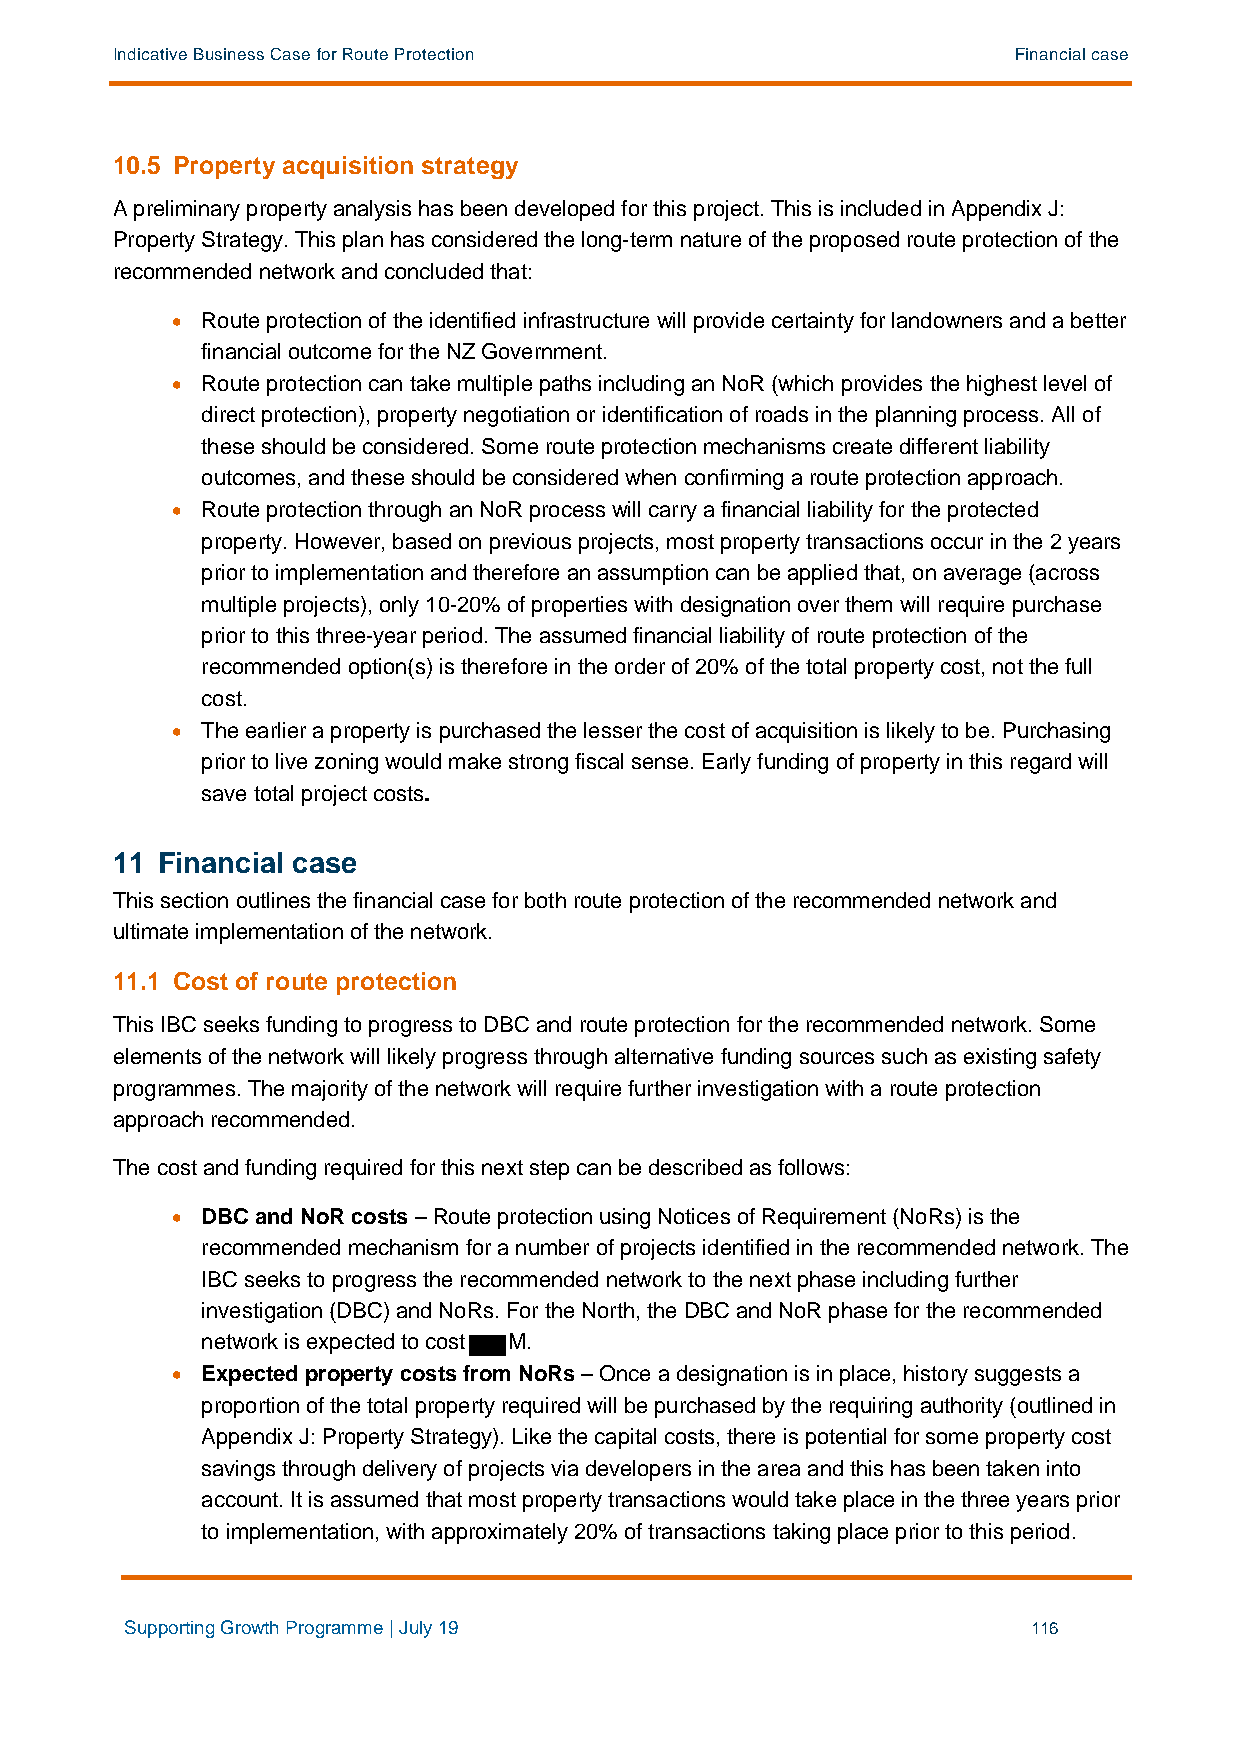
Indicative Business Case for Route Protection               Financial case
 10.5 Property acquisition strategy
 A preliminary property analysis has been developed for this project. This is included in Appendix J:
 Property Strategy. This plan has considered the long-term nature of the proposed route protection of the
 recommended network and concluded that:
 • Route protection of the identified infrastructure will provide certainty for landowners and a better
 financial outcome for the NZ Government.
 • Route protection can take multiple paths including an NoR (which provides the highest level of
 direct protection), property negotiation or identification of roads in the planning process. All of
 these should be considered. Some route protection mechanisms create different liability
 outcomes, and these should be considered when confirming a route protection approach.
 • Route protection through an NoR process will carry a financial liability for the protected
 property. However, based on previous projects, most property transactions occur in the 2 years
 prior to implementation and therefore an assumption can be applied that, on average (across
 multiple projects), only 10-20% of properties with designation over them will require purchase
 prior to this three-year period. The assumed financial liability of route protection of the
 recommended option(s) is therefore in the order of 20% of the total property cost, not the full
 cost.
 • The earlier a property is purchased the lesser the cost of acquisition is likely to be. Purchasing
 prior to live zoning would make strong fiscal sense. Early funding of property in this regard will
 save total project costs.
 11 Financial case
 This section outlines the financial case for both route protection of the recommended network and
 ultimate implementation of the network.
 11.1 Cost of route protection
 This IBC seeks funding to progress to DBC and route protection for the recommended network. Some
 elements of the network will likely progress through alternative funding sources such as existing safety
 programmes. The majority of the network will require further investigation with a route protection
 approach recommended.
 The cost and funding required for this next step can be described as follows:
 • DBC and NoR costs – Route protection using Notices of Requirement (NoRs) is the
 recommended mechanism for a number of projects identified in the recommended network. The
 IBC seeks to progress the recommended network to the next phase including further
 investigation (DBC) and NoRs. For the North, the DBC and NoR phase for the recommended
 network is expected to cost M.
 • Expected property costs from NoRs – Once a designation is in place, history suggests a
 proportion of the total property required will be purchased by the requiring authority (outlined in
 Appendix J: Property Strategy). Like the capital costs, there is potential for some property cost
 savings through delivery of projects via developers in the area and this has been taken into
 account. It is assumed that most property transactions would take place in the three years prior
 to implementation, with approximately 20% of transactions taking place prior to this period.
 Supporting Growth Programme | July 19                       116